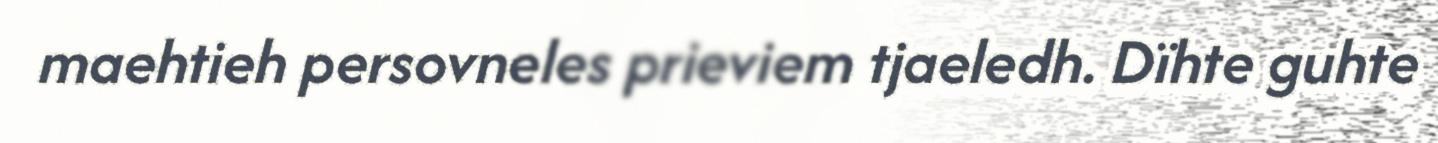
maehtieh persovneles prieviem tjaeledh. Dïhte guhte